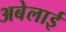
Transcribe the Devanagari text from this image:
अबेलाई